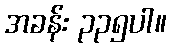
အခန်း ၃၃၅ပါ။